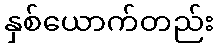
နှစ်ယောက်တည်း